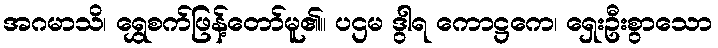
အဂမာသိ၊ ရွှေစက်ဖြန့်တော်မူ၏။ ပဌမ ဒွါရ ကောဋ္ဌကေ၊ ရှေးဦးစွာသော